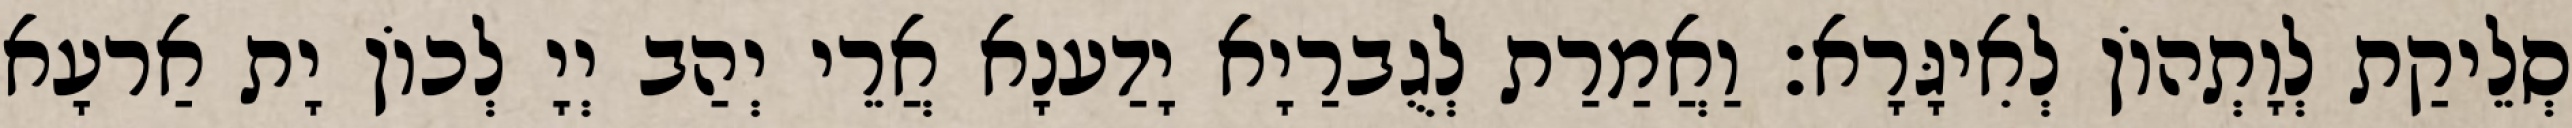
סְלֵיקַת לְוָתְהוֹן לְאִיגָּרָא׃ וַאֲמַרַת לְגֻברַיָא יָדַענָא אֲרֵי יְהַב יְיָ לְכוֹן יָת אַרעָא